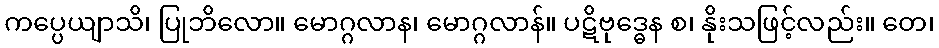
ကပ္ပေယျာသိ၊ ပြုဘိလော။ မောဂ္ဂလာန၊ မောဂ္ဂလာန်။ ပဋိဗုဒ္ဓေန စ၊ နိုးသဖြင့်လည်း။ တေ၊